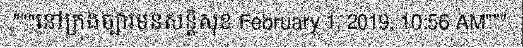
"""នៅក្រុងច្បារមនសន្តិសុខ February 1, 2019, 10:56 AM"""